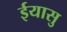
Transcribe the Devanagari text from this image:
ईयासु